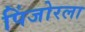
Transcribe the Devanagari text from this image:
पिंजोरला